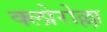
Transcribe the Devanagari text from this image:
क्लोरोल्ला